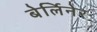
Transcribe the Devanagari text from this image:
बेर्लिनेर